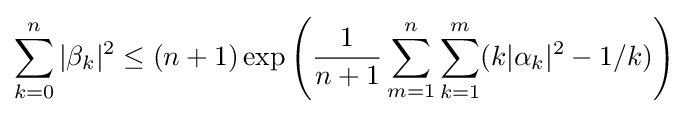
\sum _{k=0}^{n}|\beta _{k}|^{2}\leq (n+1)\exp \left({\frac {1}{n+1}}\sum _{m=1}^{n}\sum _{k=1}^{m}(k|\alpha _{k}|^{2}-1/k)\right)